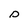
Character: D